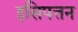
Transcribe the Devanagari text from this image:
इसिपत्तन